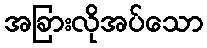
အခြားလိုအပ်သော